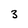
Character: 3